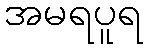
အမရပူရ